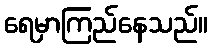
ရေမှာကြည်နေသည်။